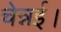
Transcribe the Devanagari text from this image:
चेन्नई।